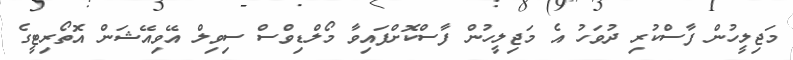
މަޖިލީހުން ފާސްކުރި ދުވަހު އެ މަޖިލީހުން ފާސްކޮށްފައިވާ މޯލްޑިވްސް ސިވިލް އޭވިއޭޝަން އޮތޯރިޓީގެ